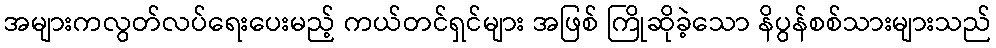
အများကလွတ်လပ်ရေးပေးမည့် ကယ်တင်ရှင်များ အဖြစ် ကြိုဆိုခဲ့သော နိပွန်စစ်သားများသည်